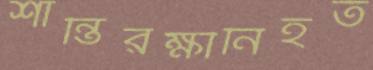
শান্তিরক্ষীনিহত